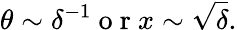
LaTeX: \theta\sim\delta^{-1}\mathrm{~o~r~}x\sim\sqrt{\delta}.